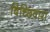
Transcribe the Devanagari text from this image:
बिच्छिवारा